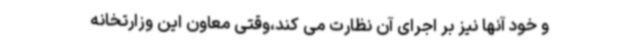
و خود آنها نیز بر اجرای آن نظارت می کند،وقتی معاون این وزارتخانه